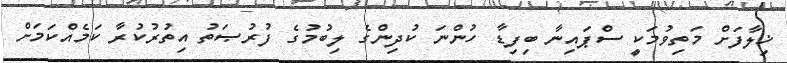
ޚިލާފަށް މަތިވުމަކީ ސްޕައިނާ ބިފިޑާ ހުންނަ ކުދިންގެ ލިބުމުގެ ފުރުޞަތު އިތުރުކުރާ ކަމެއްކަމަށް